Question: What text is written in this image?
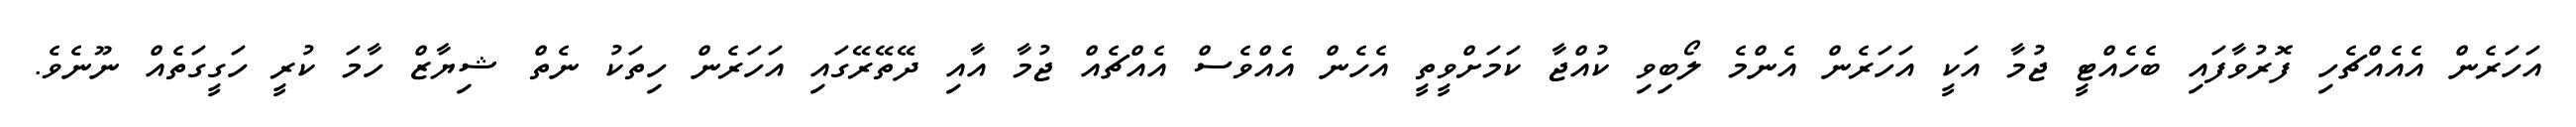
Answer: އަހަރެން އެއެއްޗެހި ފޮރުވާފައި ބެހެއްޓީ ޖުމާ އަކީ އަހަރެން އެންމެ ލޯބިވި ކުއްޖާ ކަމަށްވީތީ އެހެން އެއްވެސް އެއްޗެއް ޖުމާ އާއި ދޭތޭރޭގައި އަހަރެން ހިތަކު ނެތް ޝިޔާޒް ހާމަ ކުރީ ހަގީގަތެއް ނޫނެވެ.